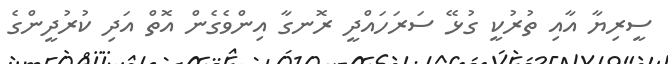
ސީރިޔާ އާއި ތުރުކީ ގުޅޭ ސަރަހައްދީ ރޮނގާ އިންވެގެން އޮތް އަދި ކުރުދީންގެ